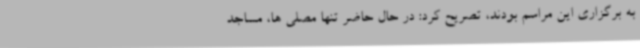
به برگزاری این مراسم بودند، تصریح کرد: در حال حاضر تنها مصلی ها، مساجد